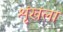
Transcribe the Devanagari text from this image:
शृंखंला